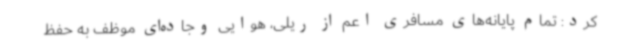
کرد: تمام پایانه‌های مسافری اعم از ریلی، هوایی وجاده‌ای موظف به حفظ